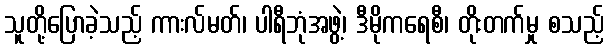
သူတို့ပြောခဲ့သည့် ကားလ်မတ်၊ ပါရီဘုံအဖွဲ့၊ ဒီမိုကရေစီ၊ တိုးတက်မှု စသည့်